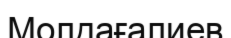
Молдағалиев